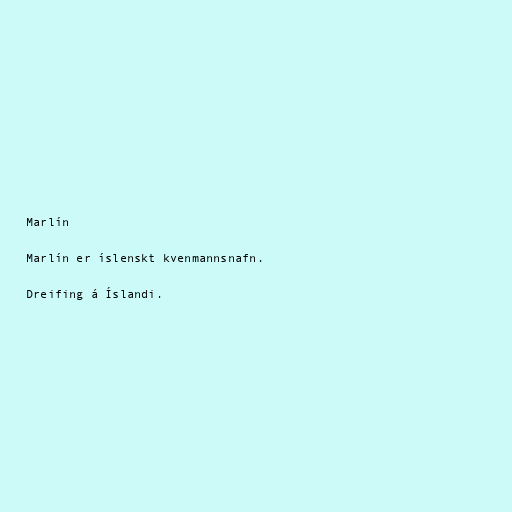
Marlín

Marlín er íslenskt kvenmannsnafn.

Dreifing á Íslandi.